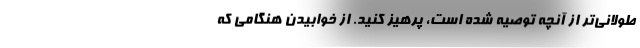
طولانی‌تر از آنچه توصیه شده است، پرهیز کنید. از خوابیدن هنگامی که